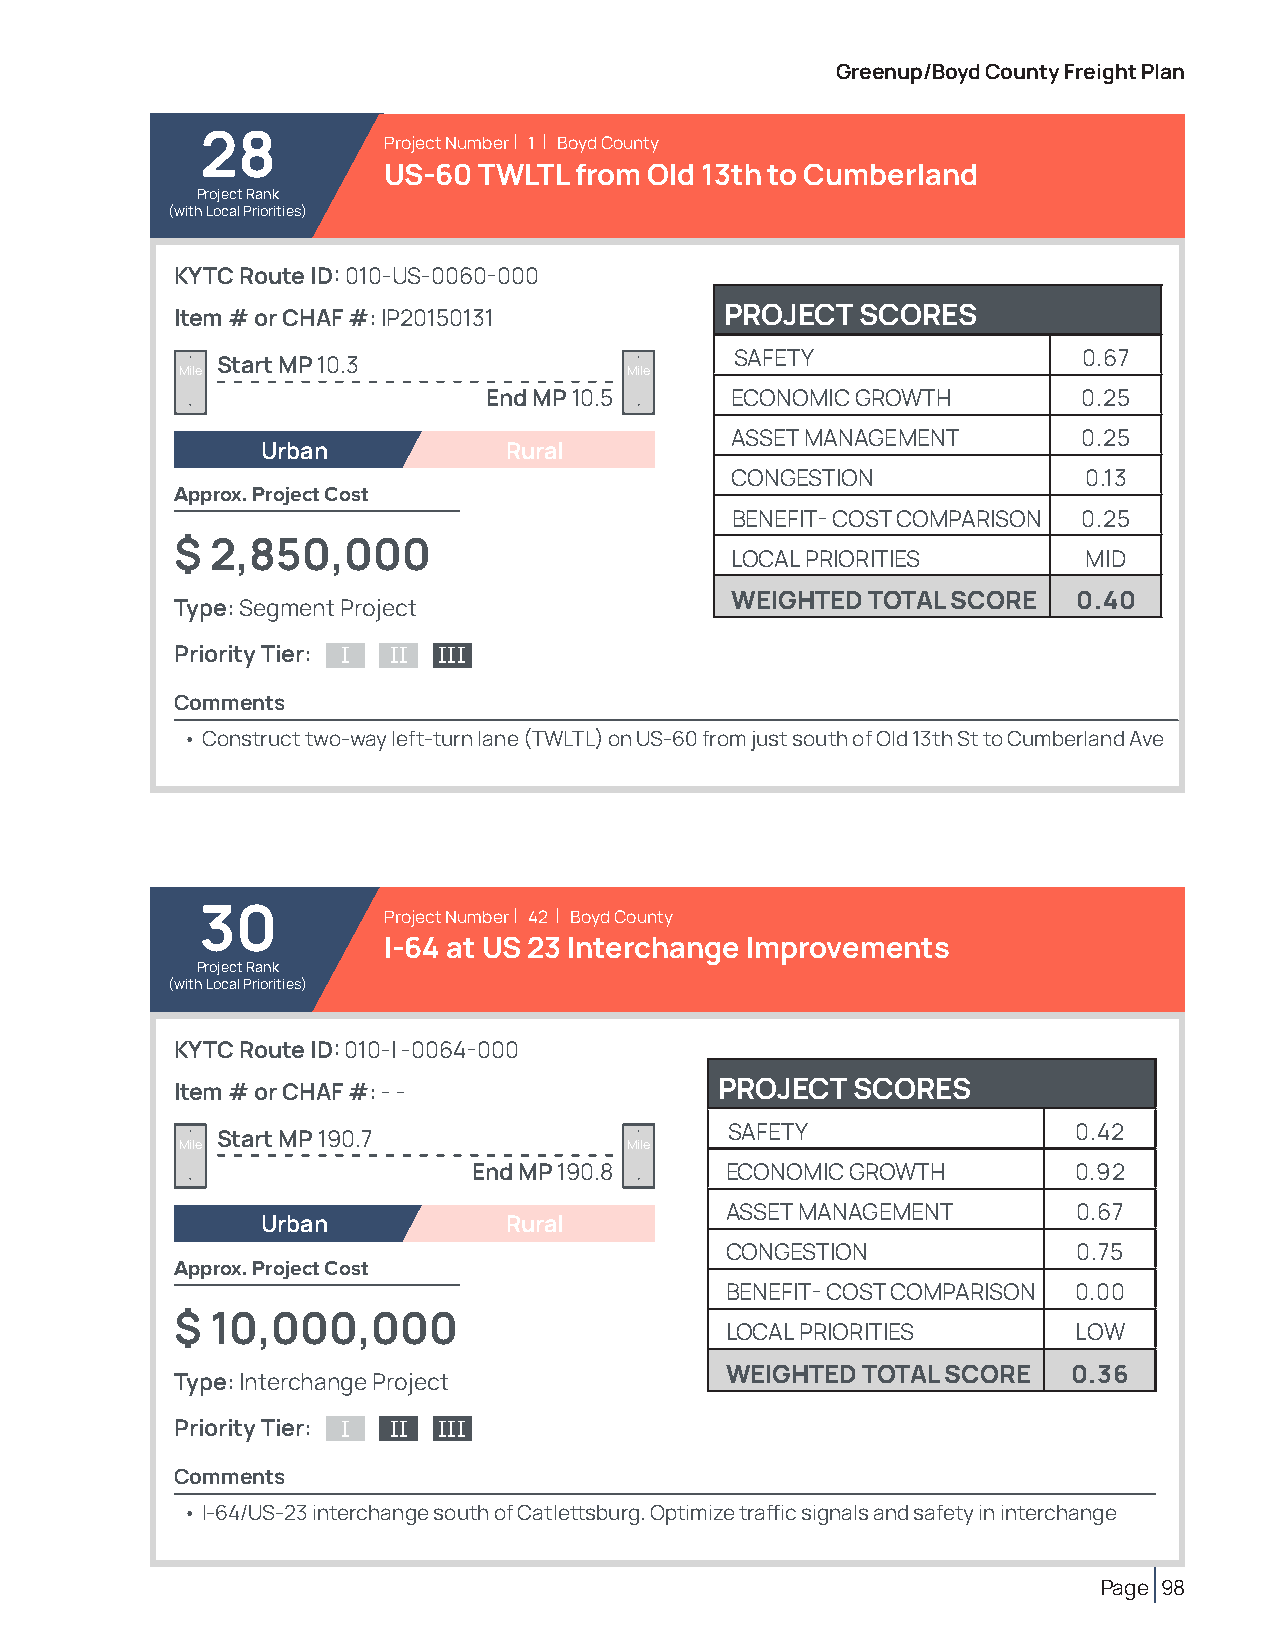
Greenup/Boyd County Freight Plan
 28          Project Number | 1 | Boyd County
 US-60  TWLTL from Old 13th to Cumberland
 Project Rank
 (with Local Priorities)
 KYTC Route ID: 010-US-0060-000
 Item # or CHAF #: IP20150131        PROJECT  SCORES
 SAFETY                 0.67
 Start MP 10.3
 Mile                          Mile
 End MP 10.5     ECONOMIC GROWTH         0.25
 ASSET MANAGEMENT        0.25
 Urban           Rural
 CONGESTION              0.13
 Approx. Project Cost
 BENEFIT- COST COMPARISON 0.25
 $ 2,850,000
 LOCAL PRIORITIES        MID
 WEIGHTED TOTAL SCORE   0.40
 Type: Segment Project
 Priority Tier: I II III
 Comments
 • Construct two-way left-turn lane (TWLTL) on US-60 from just south of Old 13th St to Cumberland Ave
 30          Project Number | 42 | Boyd County
 I-64 at US 23 Interchange Improvements
 Project Rank
 (with Local Priorities)
 KYTC Route ID: 010-I -0064-000
 Item # or CHAF #: - -               PROJECT SCORES
 SAFETY                 0.42
 Start MP 190.7
 Mile                          Mile
 End MP 190.8     ECONOMIC GROWTH        0.92
 ASSET MANAGEMENT       0.67
 Urban           Rural
 CONGESTION             0.75
 Approx. Project Cost
 BENEFIT- COST COMPARISON 0.00
 $ 10,000,000
 LOCAL PRIORITIES       LOW
 WEIGHTED TOTAL SCORE   0.36
 Type: Interchange Project
 Priority Tier: I II III
 Comments
 • I-64/US-23 interchange south of Catlettsburg. Optimize traffic signals and safety in interchange
 Page 98